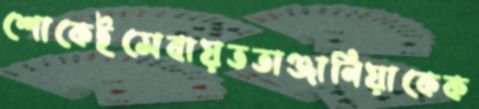
শোকেইসেবায়ততাঞ্জানিয়াকেক